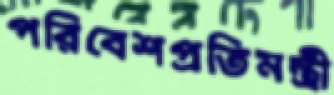
পরিবেশপ্রতিমন্ত্রী